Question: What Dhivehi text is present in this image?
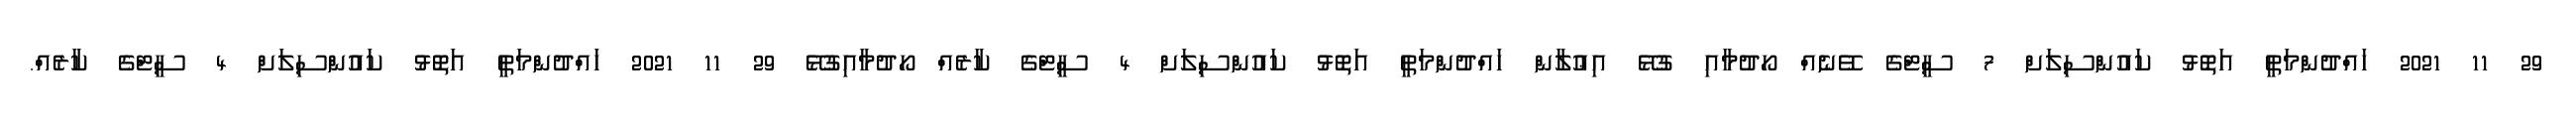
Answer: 29 11 2021 ހައްދުންމަތީ އަތޮޅު ކައުންސިލަށް 7 ސީޓްގެ ވޭނެއް ހޯދުމާއި ގުޅޭ އިޢުލާން ހައްދުންމަތީ އަތޮޅު ކައުންސިލަށް 4 ސީޓްގެ ކާރެއް ހޯދުމާއިގުޅޭ 29 11 2021 ހައްދުންމަތީ އަތޮޅު ކައުންސިލަށް 4 ސީޓްގެ ކާރެއް.